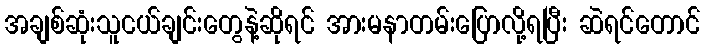
အချစ်ဆုံးသူငယ်ချင်းတွေနဲ့ဆိုရင် အားမနာတမ်းပြောလို့ရပြီး ဆဲရင်တောင်